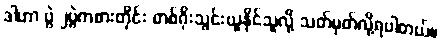
ဒါဟာ ပွဲ ၂ပွဲကစားတိုင်း တစ်ဂိုးသွင်းယူနိုင်သူလို့ သတ်မှတ်လို့ရပါတယ်။